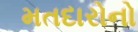
મતદારોનો